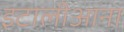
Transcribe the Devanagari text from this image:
इटालीआना